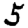
Digit: 5